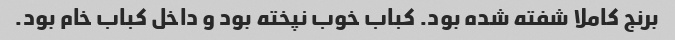
برنج کاملا شفته شده بود. کباب خوب نپخته بود و داخل کباب خام بود.